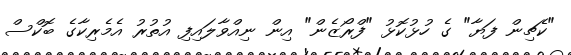
"ކެޗިން ފަޔާ" ގެ ހުޅުކޮޅު "ފްރޯޒެން" އިން ނިއްވާލައިފި އުތުރު އެމެރިކާގެ ބޮކްސް